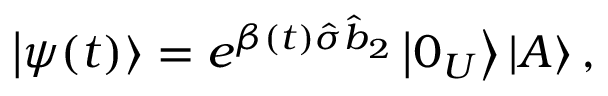
\left\vert \psi ( t ) \right\rangle = e ^ { \beta ( t ) \hat { \sigma } \hat { b } _ { 2 } } \left\vert 0 _ { U } \right\rangle \left\vert A \right\rangle ,